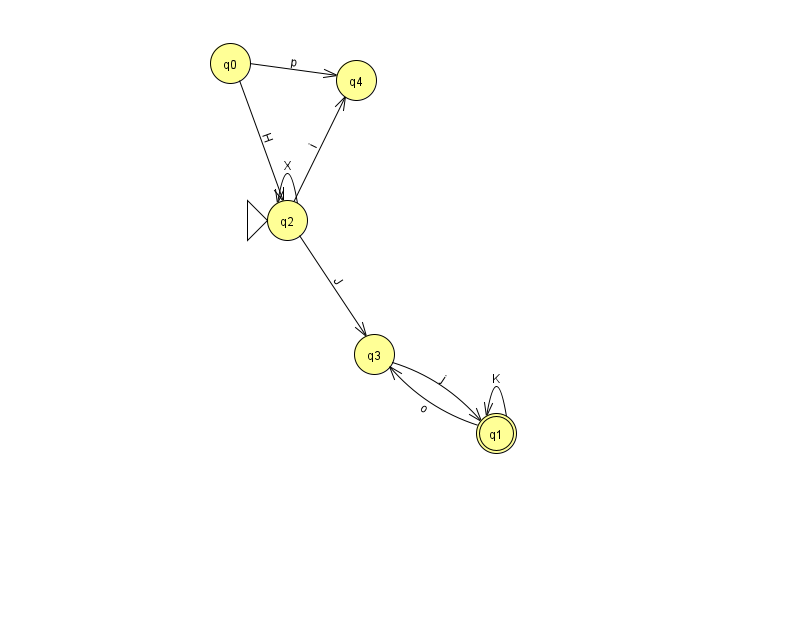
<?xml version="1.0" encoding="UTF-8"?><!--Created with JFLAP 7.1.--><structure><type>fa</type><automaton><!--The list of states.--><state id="0" name="q0"><x>230.0</x><y>50.0</y></state><state id="1" name="q1"><x>496.0</x><y>420.0</y><final/></state><state id="2" name="q2"><x>287.0</x><y>207.0</y><initial/></state><state id="3" name="q3"><x>374.0</x><y>341.0</y></state><state id="4" name="q4"><x>356.0</x><y>67.0</y></state><!--The list of transitions.--><transition><from>0</from><to>2</to><read>H</read></transition><transition><from>2</from><to>4</to><read>i</read></transition><transition><from>0</from><to>4</to><read>p</read></transition><transition><from>2</from><to>3</to><read>J</read></transition><transition><from>2</from><to>2</to><read>X</read></transition><transition><from>3</from><to>1</to><read>j</read></transition><transition><from>1</from><to>1</to><read>K</read></transition><transition><from>1</from><to>3</to><read>o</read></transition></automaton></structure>